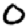
Digit: 0